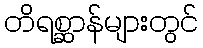
တိရစ္ဆာန်များတွင်